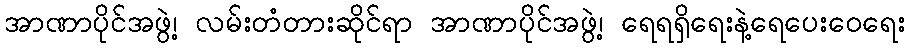
အာဏာပိုင်အဖွဲ့၊ လမ်းတံတားဆိုင်ရာ အာဏာပိုင်အဖွဲ့၊ ရေရရှိရေးနဲ့ရေပေးဝေရေး